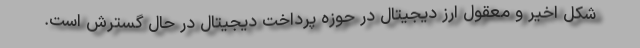
شکل اخیر و معقول ارز دیجیتال در حوزه پرداخت دیجیتال در حال گسترش است.